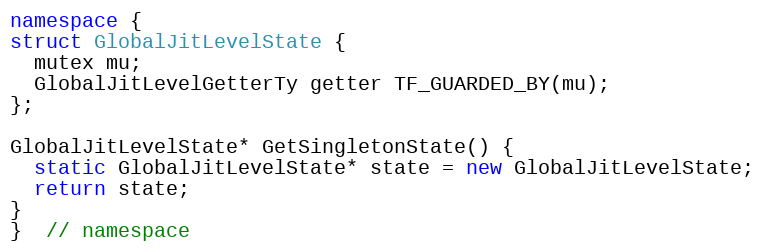
Language: C++
namespace {
struct GlobalJitLevelState {
  mutex mu;
  GlobalJitLevelGetterTy getter TF_GUARDED_BY(mu);
};

GlobalJitLevelState* GetSingletonState() {
  static GlobalJitLevelState* state = new GlobalJitLevelState;
  return state;
}
}  // namespace